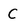
Character: C